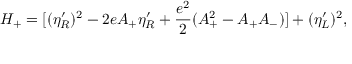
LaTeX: { \cal H } _ { + } = [ ( \eta _ { R } ^ { \prime } ) ^ { 2 } - 2 e A _ { + } \eta _ { R } ^ { \prime } + { \frac { e ^ { 2 } } { 2 } } ( A _ { + } ^ { 2 } - A _ { + } A _ { - } ) ] + ( \eta _ { L } ^ { \prime } ) ^ { 2 } ,